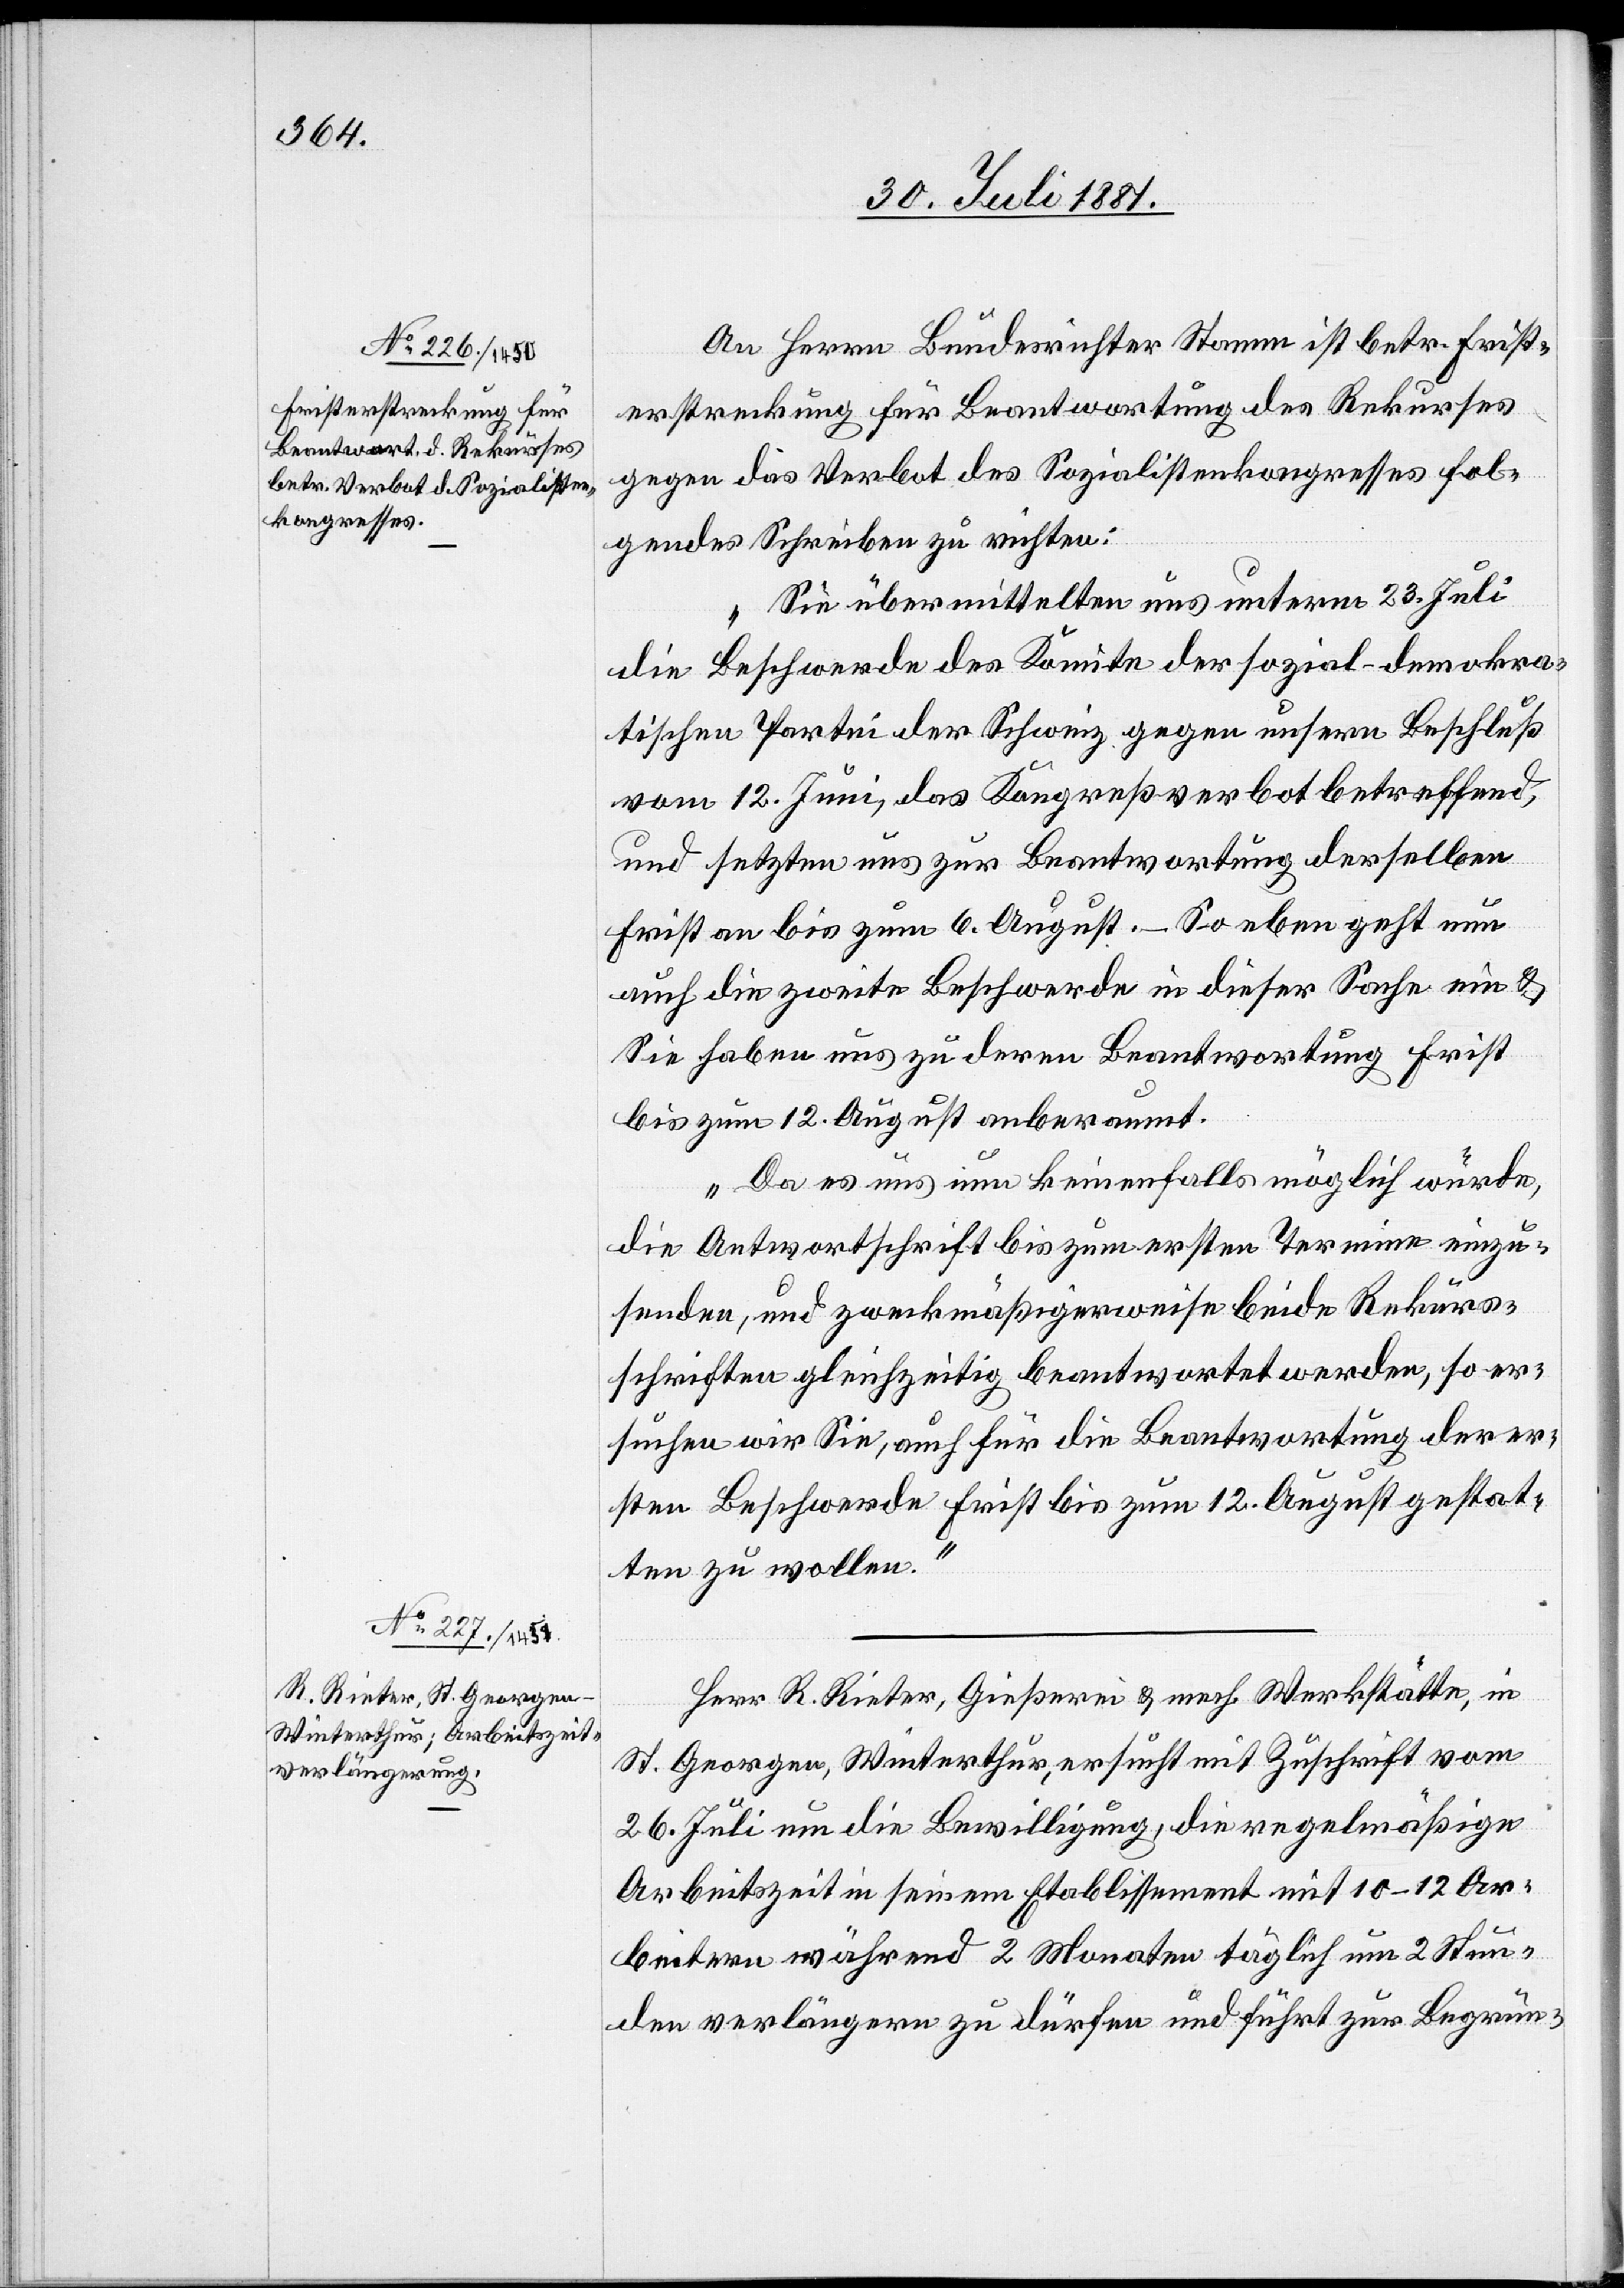
An Herrn Bundesrichter Stamm ist betr. Frist¬
erstreckung für Beantwortung des Rekurses
gegen das Verbot des Sozialistenkongresses fol¬
gendes Schreiben zu richten:
„Sie übermitteln uns unterm 23. Juli
die Beschwerde des Komite der sozial-demokra¬
tischen Partei der Schweiz gegen unsern Beschluß
vom 12. Juni, das Kongreßverbot betreffend,
und setzten uns zur Beantwortung derselben
Frist an bis zum 6. August. – Soeben geht nun
auch die zweite Beschwerde in dieser Sache ein &
Sie haben uns zu deren Beantwortung Frist
bis zum 12. August anberaumt.
Da es uns um keinenfalls möglich würde,
die Antwortschrift bis zum ersten Termin einzu¬
senden, und zweckmäßigerweise beide Rekurs¬
schriften gleichzeitig beantwortet werden, so er¬
suchen wir Sie, auch für die Beantwortung der er¬
sten Beschwerde Frist bis zum 12. August gestat¬
ten zu wollen.“
Herr R. Rieter, Gießerei & mech. Werkstätte, in
St. Georgen, Winterthur, ersucht mit Zuschrift vom
26. Juli um die Bewilligung, die regelmäßige
Arbeitszeit in seinem Etablissement mit 10–12 Ar¬
beitern während 2 Monaten täglich um 2 Stun¬
den verlängern zu dürfen und führt zur Begrün-